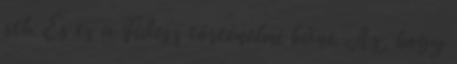
stb. És ez a Fidesz történelmi bűne. Az, hogy